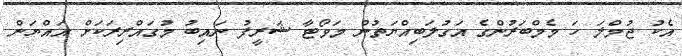
އެކު ޖުމްލަ ހަ މެމްބަރުންގެ އަގުލަބިއްޔަތުން މަވޯޓާ ޝަރީފު ނައިބު މުގައްރިރަކަށް އައްޔަން